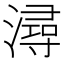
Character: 潯